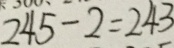
2 4 5 - 2 = 2 4 3